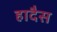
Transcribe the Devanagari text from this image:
हादैस